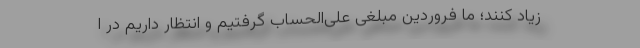
زیاد کنند؛ ما فروردین مبلغی علی‌الحساب گرفتیم و انتظار داریم در ا